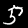
Digit: 5